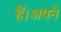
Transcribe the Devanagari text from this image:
हैं।अपने